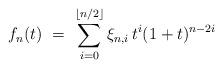
LaTeX: \begin{align*} f_n(t) \ = \ \sum_{i=0}^{\lfloor n/2 \rfloor} \xi_{n,i} \, t^i (1+t)^{n-2i}\end{align*}